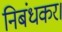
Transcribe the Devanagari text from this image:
निबंधकर।